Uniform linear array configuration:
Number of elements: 48
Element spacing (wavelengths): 0.75
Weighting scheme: exponential
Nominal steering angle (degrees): -60
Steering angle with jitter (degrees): -60.691
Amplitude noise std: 0.05
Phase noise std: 0.05

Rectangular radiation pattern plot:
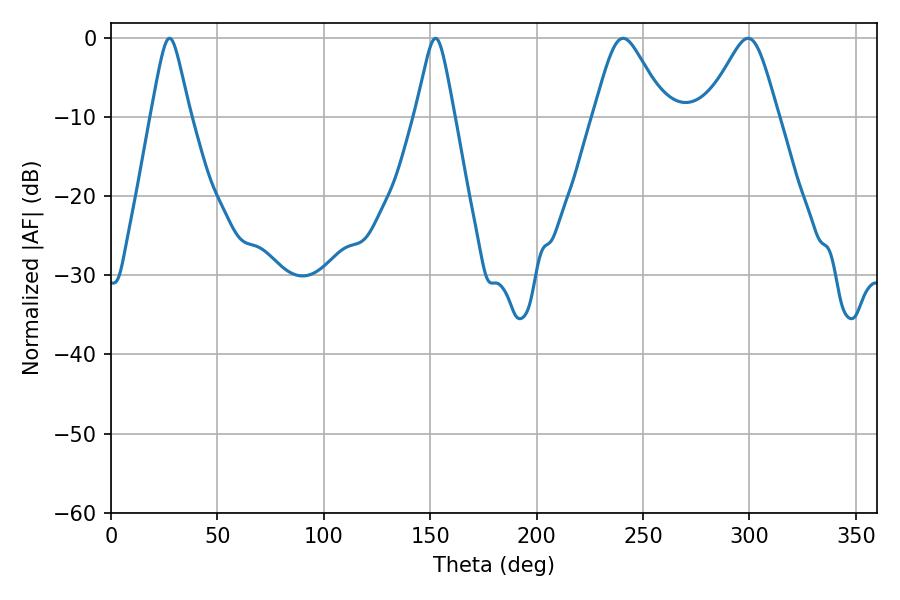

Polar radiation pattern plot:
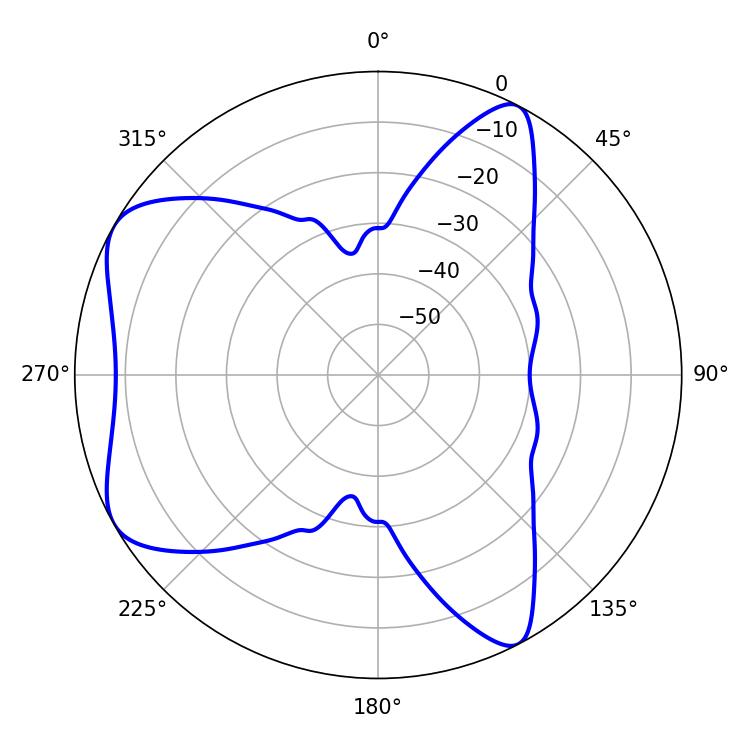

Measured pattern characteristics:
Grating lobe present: TRUE
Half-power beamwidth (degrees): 16.38
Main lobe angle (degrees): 240.66